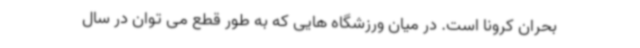
بحران کرونا است. در میان ورزشگاه هایی که به طور قطع می توان در سال